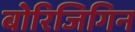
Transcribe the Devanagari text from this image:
बोरिजिगिन